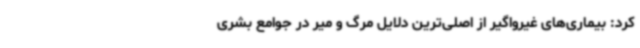
کرد: بیماری‌های غیرواگیر از اصلی‌ترین دلایل مرگ و میر در جوامع بشری